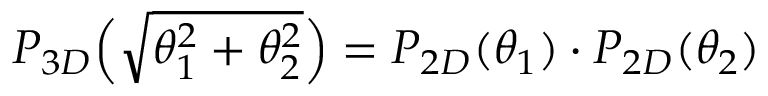
P _ { 3 D } \Big ( \sqrt { \theta _ { 1 } ^ { 2 } + \theta _ { 2 } ^ { 2 } } \Big ) = P _ { 2 D } ( \theta _ { 1 } ) \cdot P _ { 2 D } ( \theta _ { 2 } )